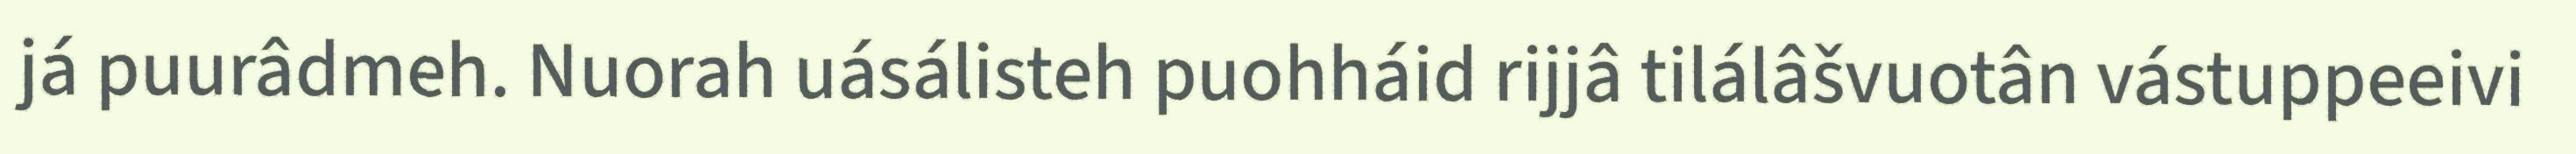
já puurâdmeh. Nuorah uásálisteh puohháid rijjâ tilálâšvuotân vástuppeeivi